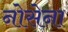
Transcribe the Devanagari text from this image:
नोसेना